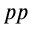
p p